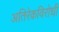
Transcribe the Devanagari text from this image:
अतिरेकविरोधी